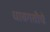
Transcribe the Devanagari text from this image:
धावगतीचे